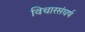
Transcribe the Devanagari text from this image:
विचारसंघर्ष